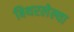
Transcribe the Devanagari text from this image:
बिथरलेल्या